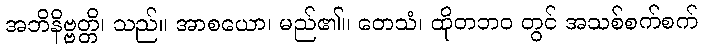
အဘိနိဗ္ဗတ္တိ၊ သည်။ အာစယော၊ မည်၏။ တေသံ၊ ထိုတဘဝ တွင် အသစ်စက်စက်